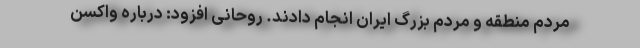
مردم منطقه و مردم بزرگ ایران انجام دادند. روحانی افزود: درباره واکسن